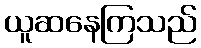
ယူဆနေကြသည်